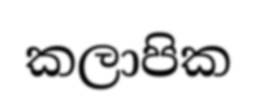
කලාපික